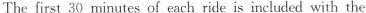
The first 30 minutes of each ride is included with the